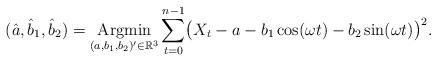
LaTeX: \begin{align*} (\hat a, \hat b_1,\hat b_2) =\mathop{\operatorname{Argmin}}_{(a,b_1,b_2)'\in\mathbb{R}^3} \sum_{t=0}^{n-1}\bigl(X_t - a -b_1\cos(\omega t) - b_2\sin(\omega t) \bigr)^2.\end{align*}